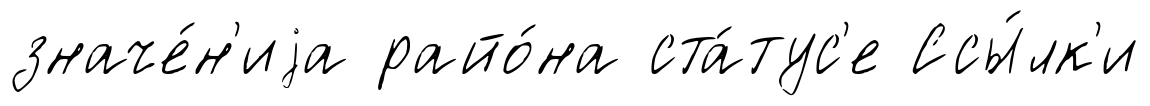
значе́н'иjа райо́на ста́тус'е Ссы́лк'и